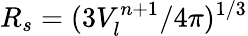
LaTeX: R_{s}=(3V_{l}^{n+1}/4\pi)^{1/3}